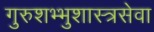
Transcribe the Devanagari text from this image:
गुरुशभ्भुशास्त्रसेवा